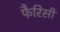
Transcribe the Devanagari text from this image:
फैरिसी